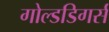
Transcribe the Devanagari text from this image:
गोल्डडिगर्स